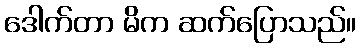
ဒေါက်တာ မိက ဆက်ပြောသည်။